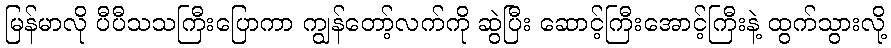
မြန်မာလို ပီပီသသကြီးပြောကာ ကျွန်တော့်လက်ကို ဆွဲပြီး ဆောင့်ကြီးအောင့်ကြီးနဲ့ ထွက်သွားလို့